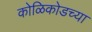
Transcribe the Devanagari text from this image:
कोळिकोडच्या